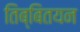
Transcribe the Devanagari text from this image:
तिब्बितयन